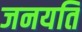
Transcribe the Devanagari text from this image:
जनयति